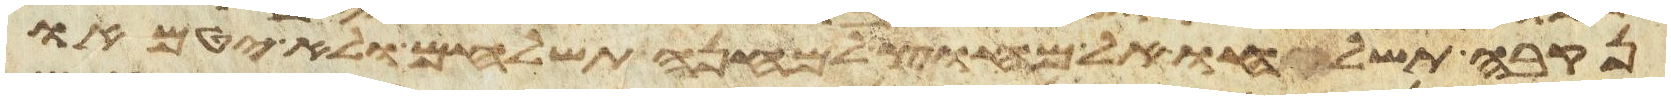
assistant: נקבה תשלחו אל מחוץ למחנה תשלחום ולא יטמאו